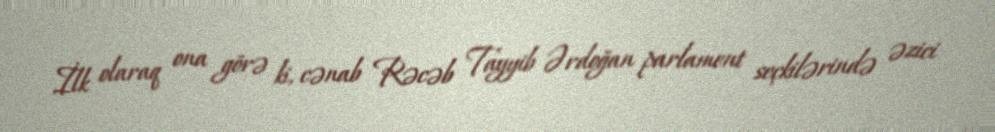
İlk olaraq ona görə ki, cənab Rəcəb Tayyib Ərdoğan parlament seçkilərində əzici